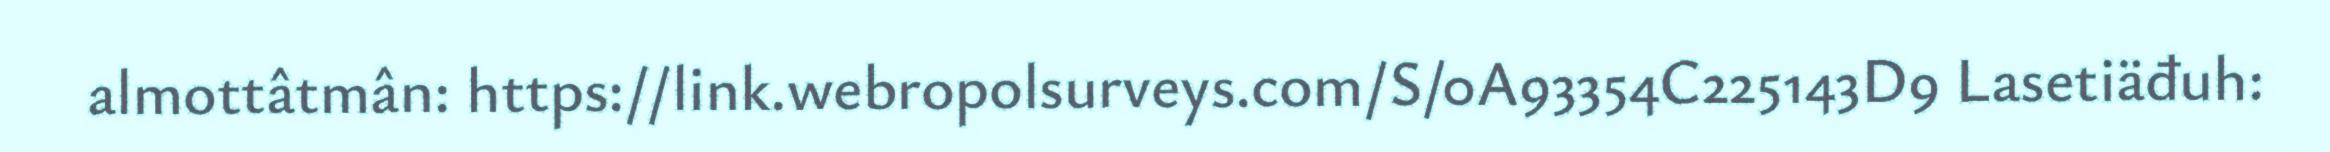
almottâtmân: https://link.webropolsurveys.com/S/0A93354C225143D9 Lasetiäđuh: